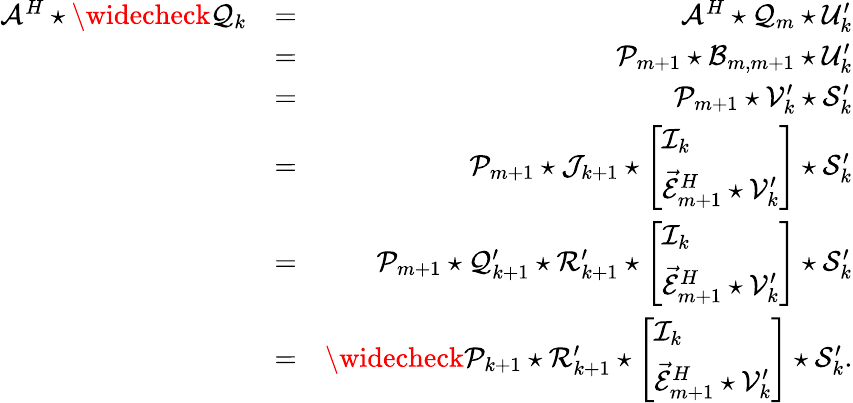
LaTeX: \begin{array}{rlr}{\mathcal{A}^{H}\star\widecheck{\mathcal{Q}}_{k}}&{=}&{\mathcal{A}^{H}\star\mathcal{Q}_{m}\star\mathcal{U}_{k}^{\prime}}\\ &{=}&{\mathcal{P}_{m+1}\star\mathcal{B}_{m,m+1}\star\mathcal{U}_{k}^{\prime}}\\ &{=}&{\mathcal{P}_{m+1}\star\mathcal{V}_{k}^{\prime}\star\mathcal{S}_{k}^{\prime}}\\ &{=}&{\mathcal{P}_{m+1}\star\mathcal{J}_{k+1}\star\left[\begin{array}{l}{\mathcal{I}_{k}}\\ {\vec{\mathcal{E}}_{m+1}^{H}\star\mathcal{V}_{k}^{\prime}}\end{array}\right]\star\mathcal{S}_{k}^{\prime}}\\ &{=}&{\mathcal{P}_{m+1}\star\mathcal{Q}_{k+1}^{\prime}\star\mathcal{R}_{k+1}^{\prime}\star\left[\begin{array}{l}{\mathcal{I}_{k}}\\ {\vec{\mathcal{E}}_{m+1}^{H}\star\mathcal{V}_{k}^{\prime}}\end{array}\right]\star\mathcal{S}_{k}^{\prime}}\\ &{=}&{\widecheck{\mathcal{P}}_{k+1}\star\mathcal{R}_{k+1}^{\prime}\star\left[\begin{array}{l}{\mathcal{I}_{k}}\\ {\vec{\mathcal{E}}_{m+1}^{H}\star\mathcal{V}_{k}^{\prime}}\end{array}\right]\star\mathcal{S}_{k}^{\prime}.}\end{array}